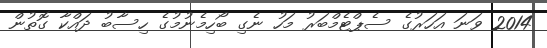
2014 ވަނަ އަހަރުގެ ސެޕްޓެމްބަރު މަހު ނެގި ބޯހިމެނުމުގެ ހިސާބު ދައްކާ ގޮތުން